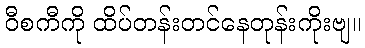
ဝီစကီကို ထိပ်တန်းတင်နေတုန်းကိုးဗျ။